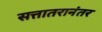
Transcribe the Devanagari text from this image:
सत्तातरानंतर